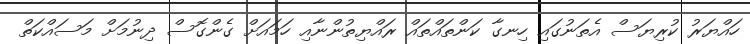
ހައްޔަރު ކުރިޔަސް އެތަނުގައި ހިނގާ ކަންތައްތައް ރައްޔިތުންނާއި ހަމައަށް ގެންގޮސް ދިނުމަށް މަސައްކަތް